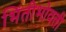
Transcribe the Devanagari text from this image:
भिंतीभोवती